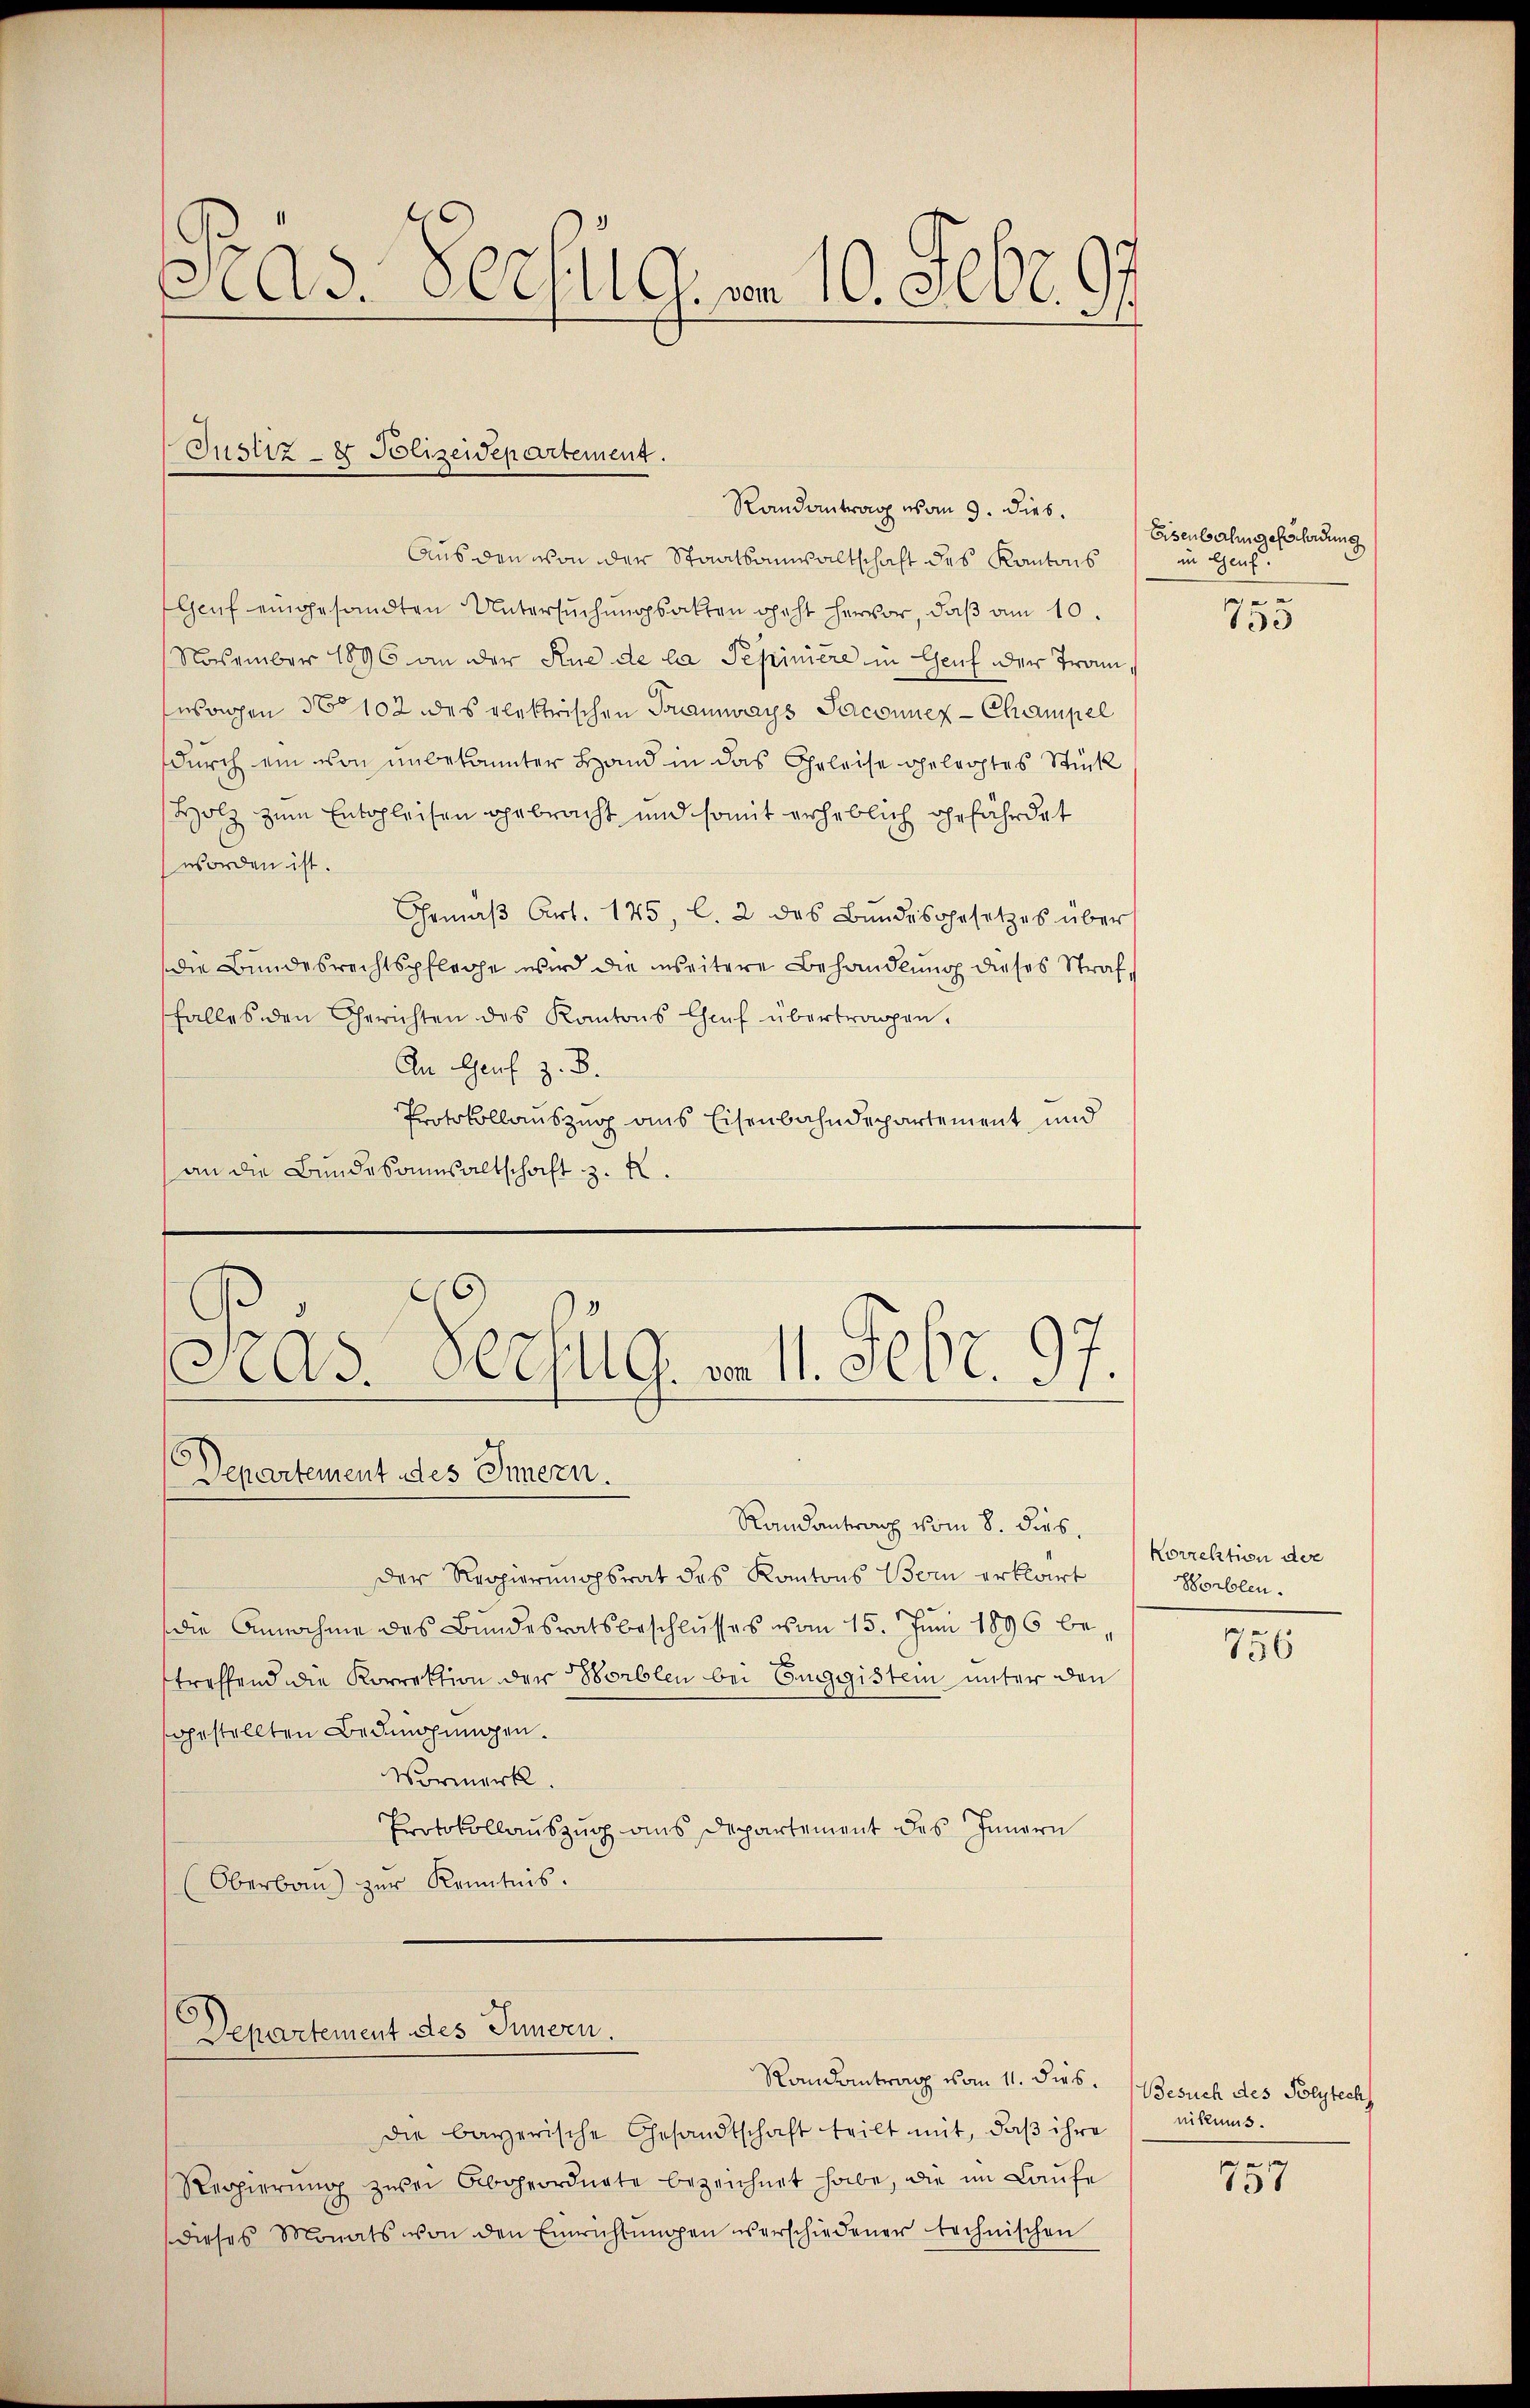
¬
Ad. CCeflG. vom 10. Febr. 97

Aus den von der Staatsanwaltschaft des Kantons
Genf eingesandten Untersŭchŭngsakten geht hervor, daβ am 10.
November 1896 an der Rue de la Pepimere in Genf der Tramusagen 30 102 des elektrischen Tramways Jaconuer-Champel
durch ein von unbekannter Hand in das Geleise gelegtes Stück
Holz zum Entschleisen gebracht und somit erheblich gefährdet
worden ist.
Gemäβ Art. 145, l. 2 des Bundesgesetzes über
Die Bundesrechtspflege wird die inseitere Behandlung dieses Straffalles den Gerichten des Kantons Chef übertragen.
An Genf z. B.
Protokollauszug aus Eisenbahndepartement und
an die Bundesaumsaltschaft z. K.
Peas Verzug. v. 11. Febr. 97

Justiz- & Polizeidepartement.

Departement des Innern.
Randantrag vom 8. dies

Departement des Innern.

Randantrag von 9. dies.

Der Regierungsrat des Kantons Bern erklärt
die Annahme des Bundesratsbeschlusses vom 15. Juni 1896 be-
treffend die Korrektion der erblen bei Euggistein unter den
gestellten Bedingungen.
Vormerk.
Protokollauszug aus Departement des Innern
(Oberbaŭ) zŭr Kenntnis.

Randantrag vom 11. dies.
die bayerische Gesandtschaft teilt mit, daβ ihre
Regierŭng zwei Abgeordnete bezeichnet habe, die im Laŭfe
dieses Monats von den Einrichtŭngen verschiedener technischen

Eisenbahngescheidung
in Genf.
e

133

Korrektion der
Worlolen.

756

Besuch des Polytech
nikums.

e
151